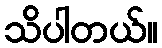
သိပါတယ်။